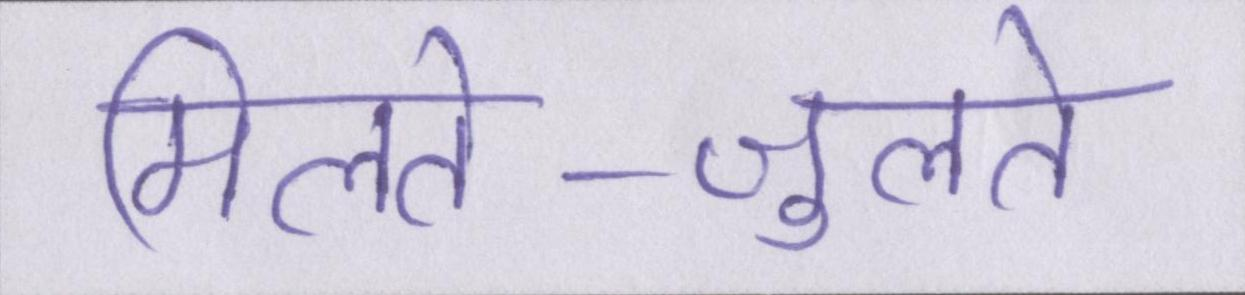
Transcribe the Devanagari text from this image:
मिलते-जुलते